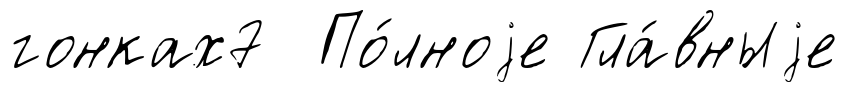
гонках7 По́лноjе Гла́вныjе